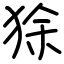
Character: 狳